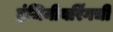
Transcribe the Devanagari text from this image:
इंजिनीयरिंगची